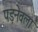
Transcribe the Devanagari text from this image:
पड़नेवला